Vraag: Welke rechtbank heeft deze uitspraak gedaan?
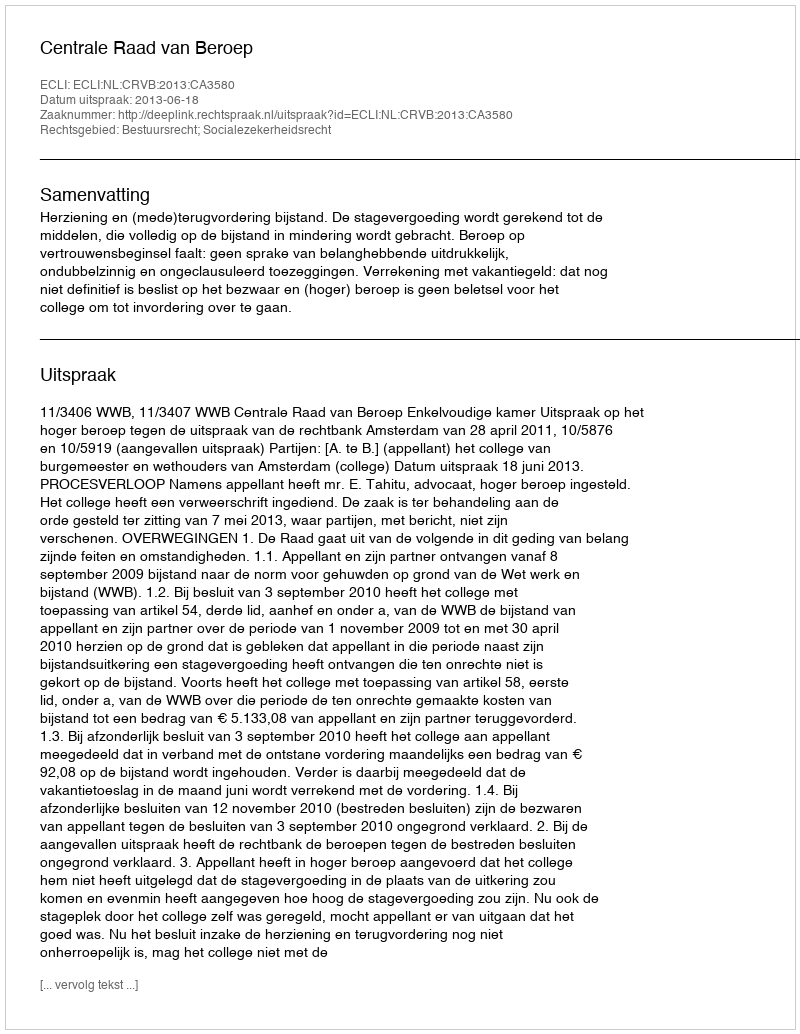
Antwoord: Centrale Raad van Beroep